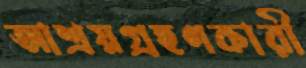
আশ্রয়গ্রহণকারী